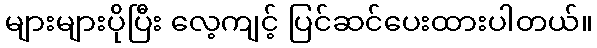
များများပိုပြီး လေ့ကျင့် ပြင်ဆင်ပေးထားပါတယ်။